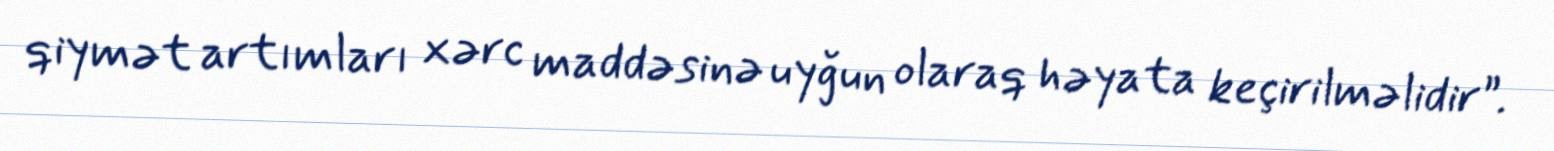
qiymət artımları xərc maddəsinə uyğun olaraq həyata keçirilməlidir”.